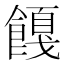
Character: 𬲚